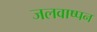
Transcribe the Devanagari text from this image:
जलवाष्पन